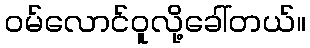
ဝမ်လောင်ဝူလို့ခေါ်တယ်။